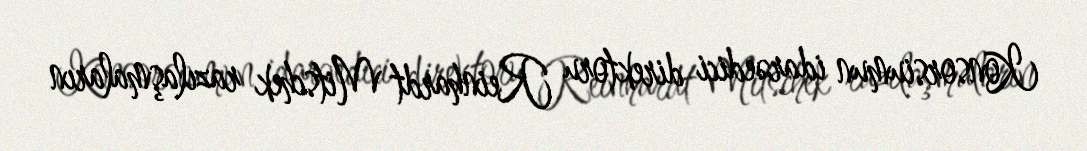
Konsorsiumun idarəedici direktoru Reinhardt Mitschek razılaşmaların